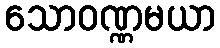
သောဝဏ္ဏမယာ